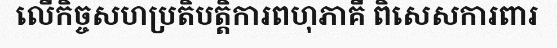
លើកិច្ចសហប្រតិបត្តិការពហុភាគី ពិសេសការពារ